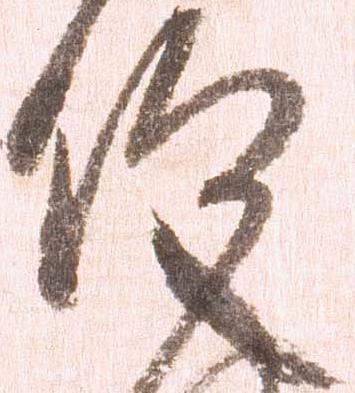
仰